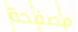
مصفحة